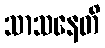
သာသနေတိ